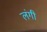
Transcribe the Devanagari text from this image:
लंगी